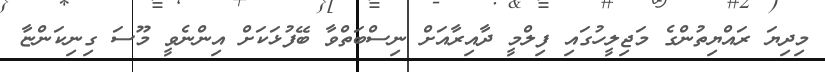
މިދިޔަ ރައްޔިތުންގެ މަޖިލީހުގައި ފިލްމީ ދާއިރާއަށް ނިސްބަތްވާ ބޭފުޅަކަށް އިންނެވީ މޫސަ ގިނިކަންޏާ